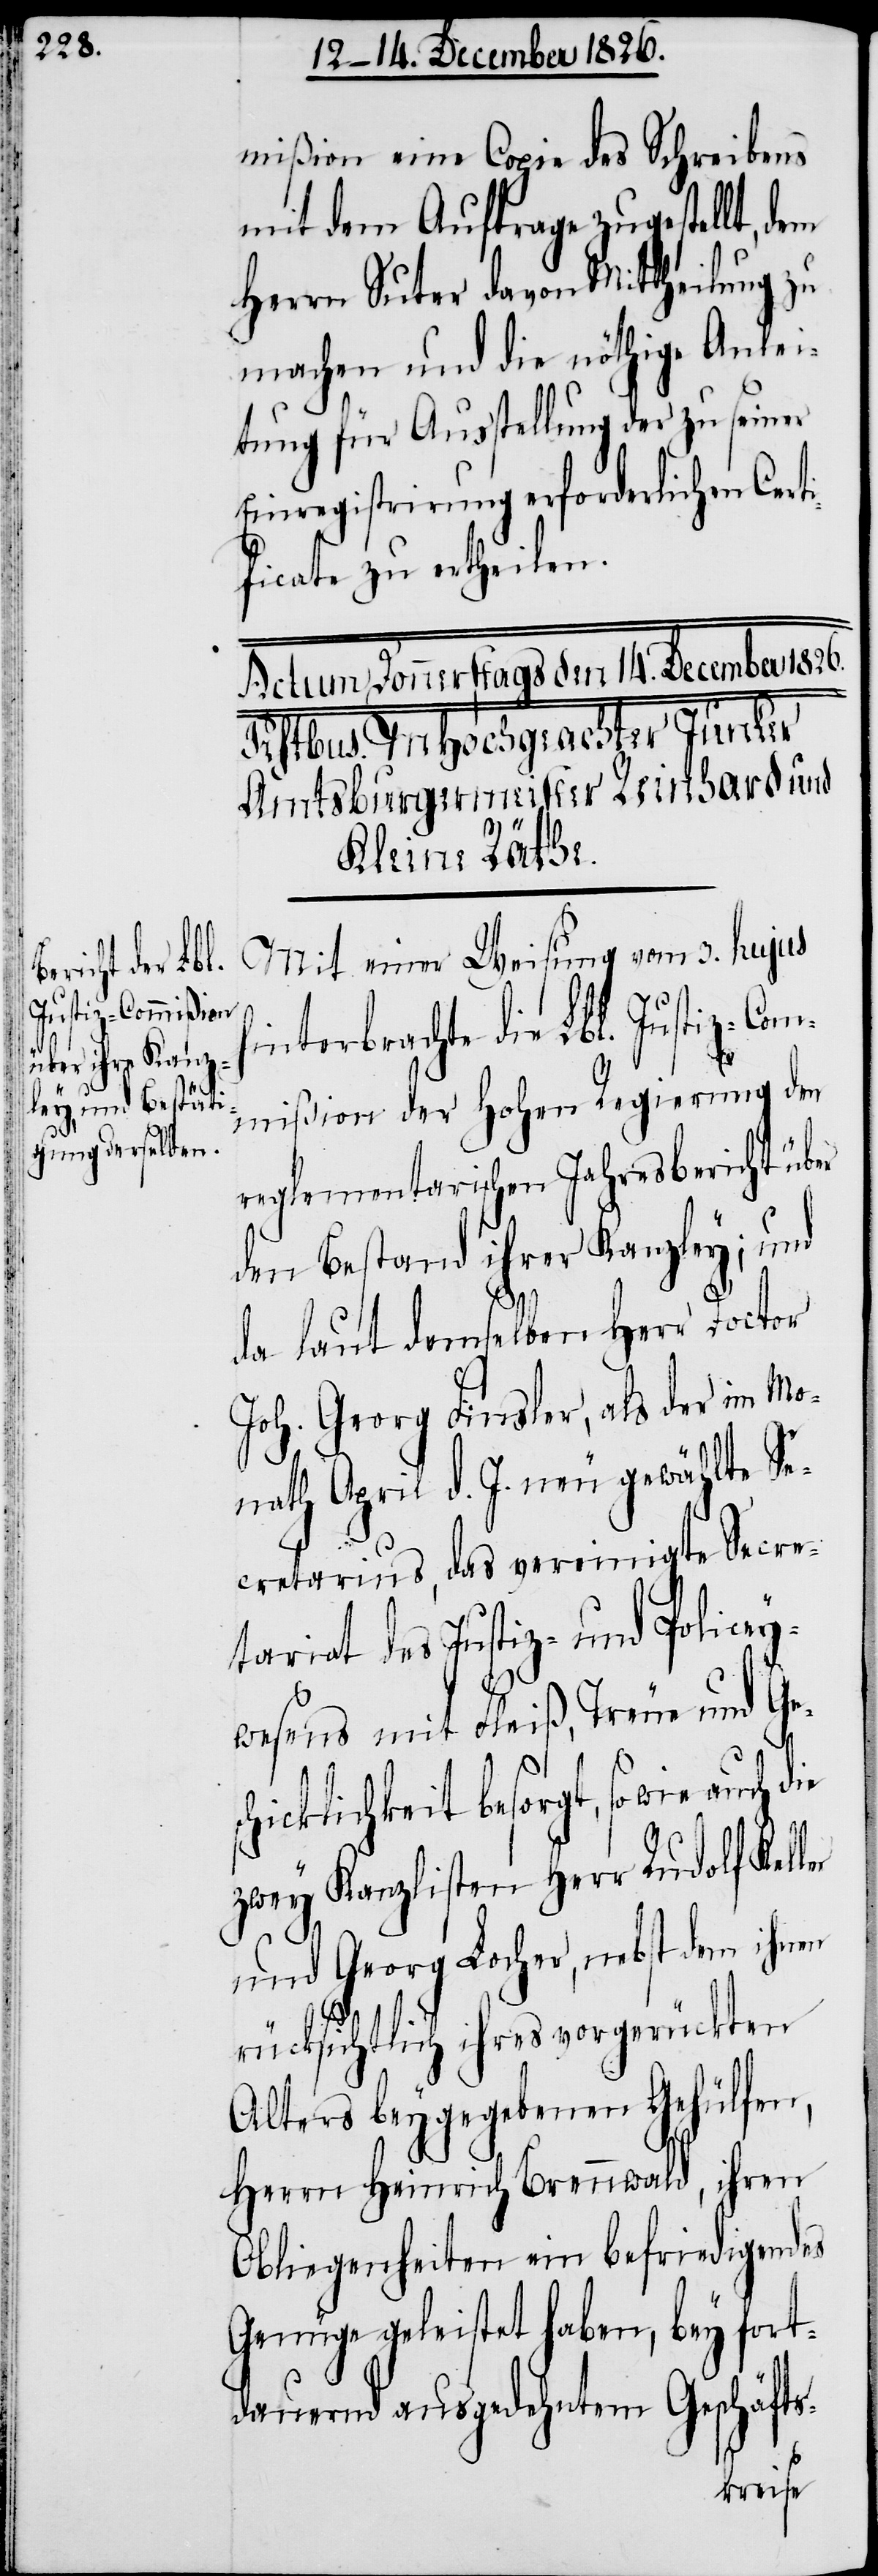
sc¬

mißion eine Copie des Schreibens
mit dem Auftrage zugestellt, dem
Herrn Suter davon Mittheilung zu
machen und die nöthige Anlei¬
tung für Ausstellung der zu seiner
Einregistrirung erforderlichen Certi¬
ficate zu ertheilen.
Mit einer Weisung vom 3. hujus
interbrachte die Lbl. Justiz-Com¬
mißion der hohen Regierung den
reglementarischen Jahresbericht über
den Bestand ihrer Kanzley; und
da laut demselben Herr Doctor
Joh. Georg Finsler, als der im Mo¬
nath April d. J. neu gewählte Se¬
cretarius, das vereinigte Secre¬
tariat des Justiz- und Policey¬
wesens mit Fleiß, Treue und Ge¬
hicklichkeit besorgt, sowie auch
zwey Kanzlisten Herr Rudolf Kell¬
und Georg Locher, nebst dem ihnen
rücksichtlich ihres vorgerückten
Alters beygegebenen Gehülfen,
Herrn Heinrich Brennwald, ihren
Obliegenheiten ein befriedigendes
Genüge geleistet haben, bey fort¬
dauernd ausgedehntem Geschäfts-
er